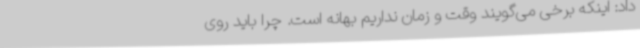
داد: اینکه برخی می‌گویند وقت و زمان نداریم بهانه است. چرا باید روی